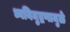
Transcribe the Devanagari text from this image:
ध्वनिमुद्रणामुळे